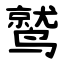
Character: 鹫